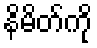
နိမိတ်ကို